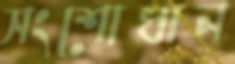
সংশোধান